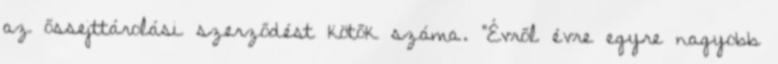
az őssejttárolási szerződést kötők száma. "Évről évre egyre nagyobb